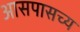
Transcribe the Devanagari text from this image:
आसपासच्य